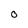
Character: O